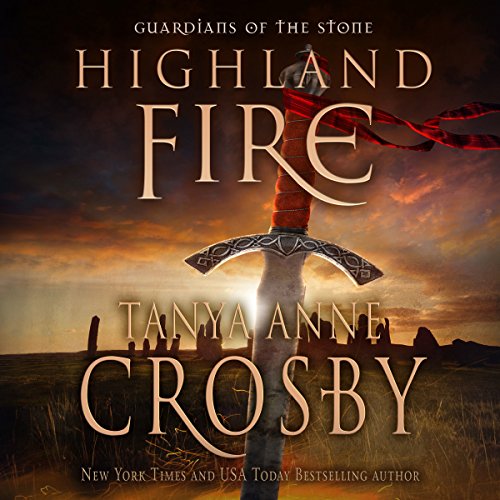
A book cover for Highland Fire: Guardians of the Stone, Book 1; Tanya Anne Crosby; Romance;